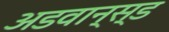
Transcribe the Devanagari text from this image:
अडवान्स्ड